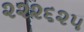
૨૨૨૬૨૫